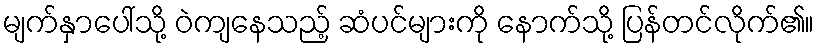
မျက်နှာပေါ်သို့ ဝဲကျနေသည့် ဆံပင်များကို နောက်သို့ ပြန်တင်လိုက်၏။